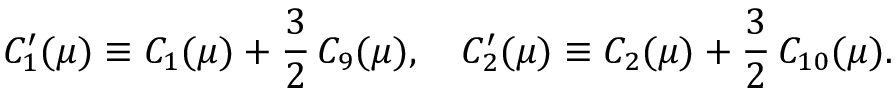
C _ { 1 } ^ { \prime } ( \mu ) \equiv C _ { 1 } ( \mu ) + \frac { 3 } { 2 } \, C _ { 9 } ( \mu ) , \quad C _ { 2 } ^ { \prime } ( \mu ) \equiv C _ { 2 } ( \mu ) + \frac { 3 } { 2 } \, C _ { 1 0 } ( \mu ) .